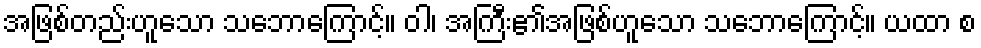
အဖြစ်တည်းဟူသော သဘောကြောင့်။ ဝါ၊ အကြီး၏အဖြစ်ဟူသော သဘောကြောင့်။ ယထာ စ